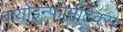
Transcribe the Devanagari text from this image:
बायोइन्फ़ोर्मेटिक्स